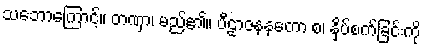
သဘောကြောင့်။ တဏှာ၊ မည်၏။ ပီဠာဇနနတော စ၊ နှိပ်စက်ခြင်းကို